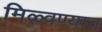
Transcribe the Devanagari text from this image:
मिळ्वण्यात